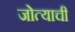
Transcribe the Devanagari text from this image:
जोत्याची